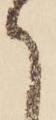
て